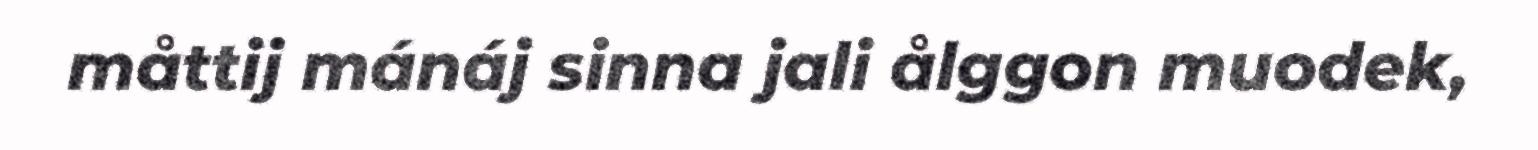
måttij mánáj sinna jali ålggon muodek,